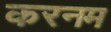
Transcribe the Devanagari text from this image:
करनम